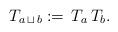
LaTeX: \begin{align*}T_{a \,\sqcup\, b}:=\,{T_a}\, {T_b}. \end{align*}